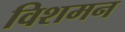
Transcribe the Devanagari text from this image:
विशमन